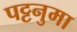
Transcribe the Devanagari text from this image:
पट्टनुमा